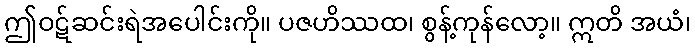
ဤဝဋ်ဆင်းရဲအပေါင်းကို။ ပဇဟိဿထ၊ စွန့်ကုန်လော့။ ဣတိ အယံ၊